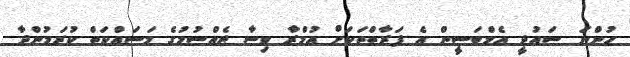
ހުންނަ ސައުދީ އެމްބަސީން އެ ފަރާތްތަކަށް އުމްރާ ވިސާ ޖެއްސުމުގެ މަސައްކަތް ކުރަމުންދާ